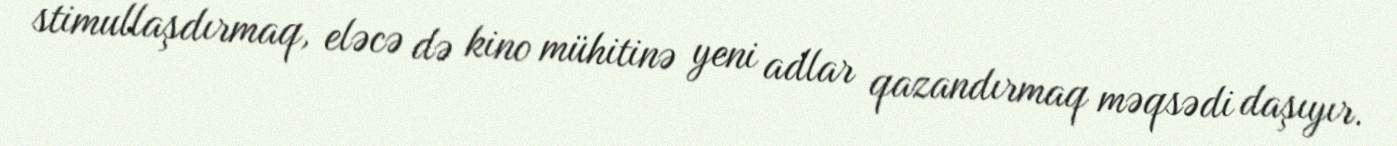
stimullaşdırmaq, eləcə də kino mühitinə yeni adlar qazandırmaq məqsədi daşıyır.